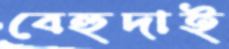
বেহুদাই